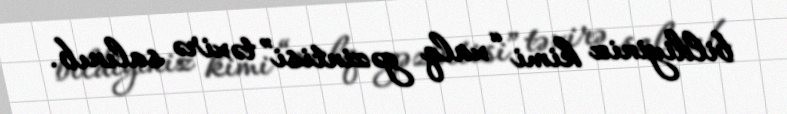
bildiyiniz kimi “xalq gəzintisi” təxirə salınıb.